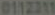
0112211